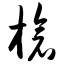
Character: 枪